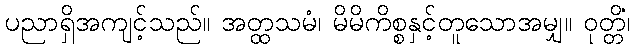
ပညာရှိအကျင့်သည်။ အတ္ထသမံ၊ မိမိကိစ္စနှင့်တူသောအမျှ။ ဝုတ္တိံ၊